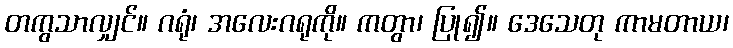
တကွသာလျှင်။ ဂရုံ၊ အလေးဂရုကို။ ကတွာ၊ ပြု၍။ ဒေသေတု ကာမတာယ၊